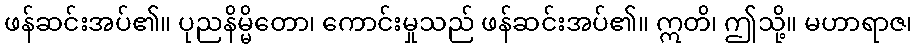
ဖန်ဆင်းအပ်၏။ ပုညနိမ္မိတော၊ ကောင်းမှုသည် ဖန်ဆင်းအပ်၏။ ဣတိ၊ ဤသို့။ မဟာရာဇ၊